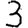
Digit: 3